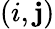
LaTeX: (i,\mathbf{j})